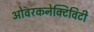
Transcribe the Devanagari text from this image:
ओवरकनेक्टिविटी